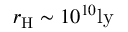
r _ { \mathrm { H } } \sim 1 0 ^ { 1 0 } \mathrm { l y }